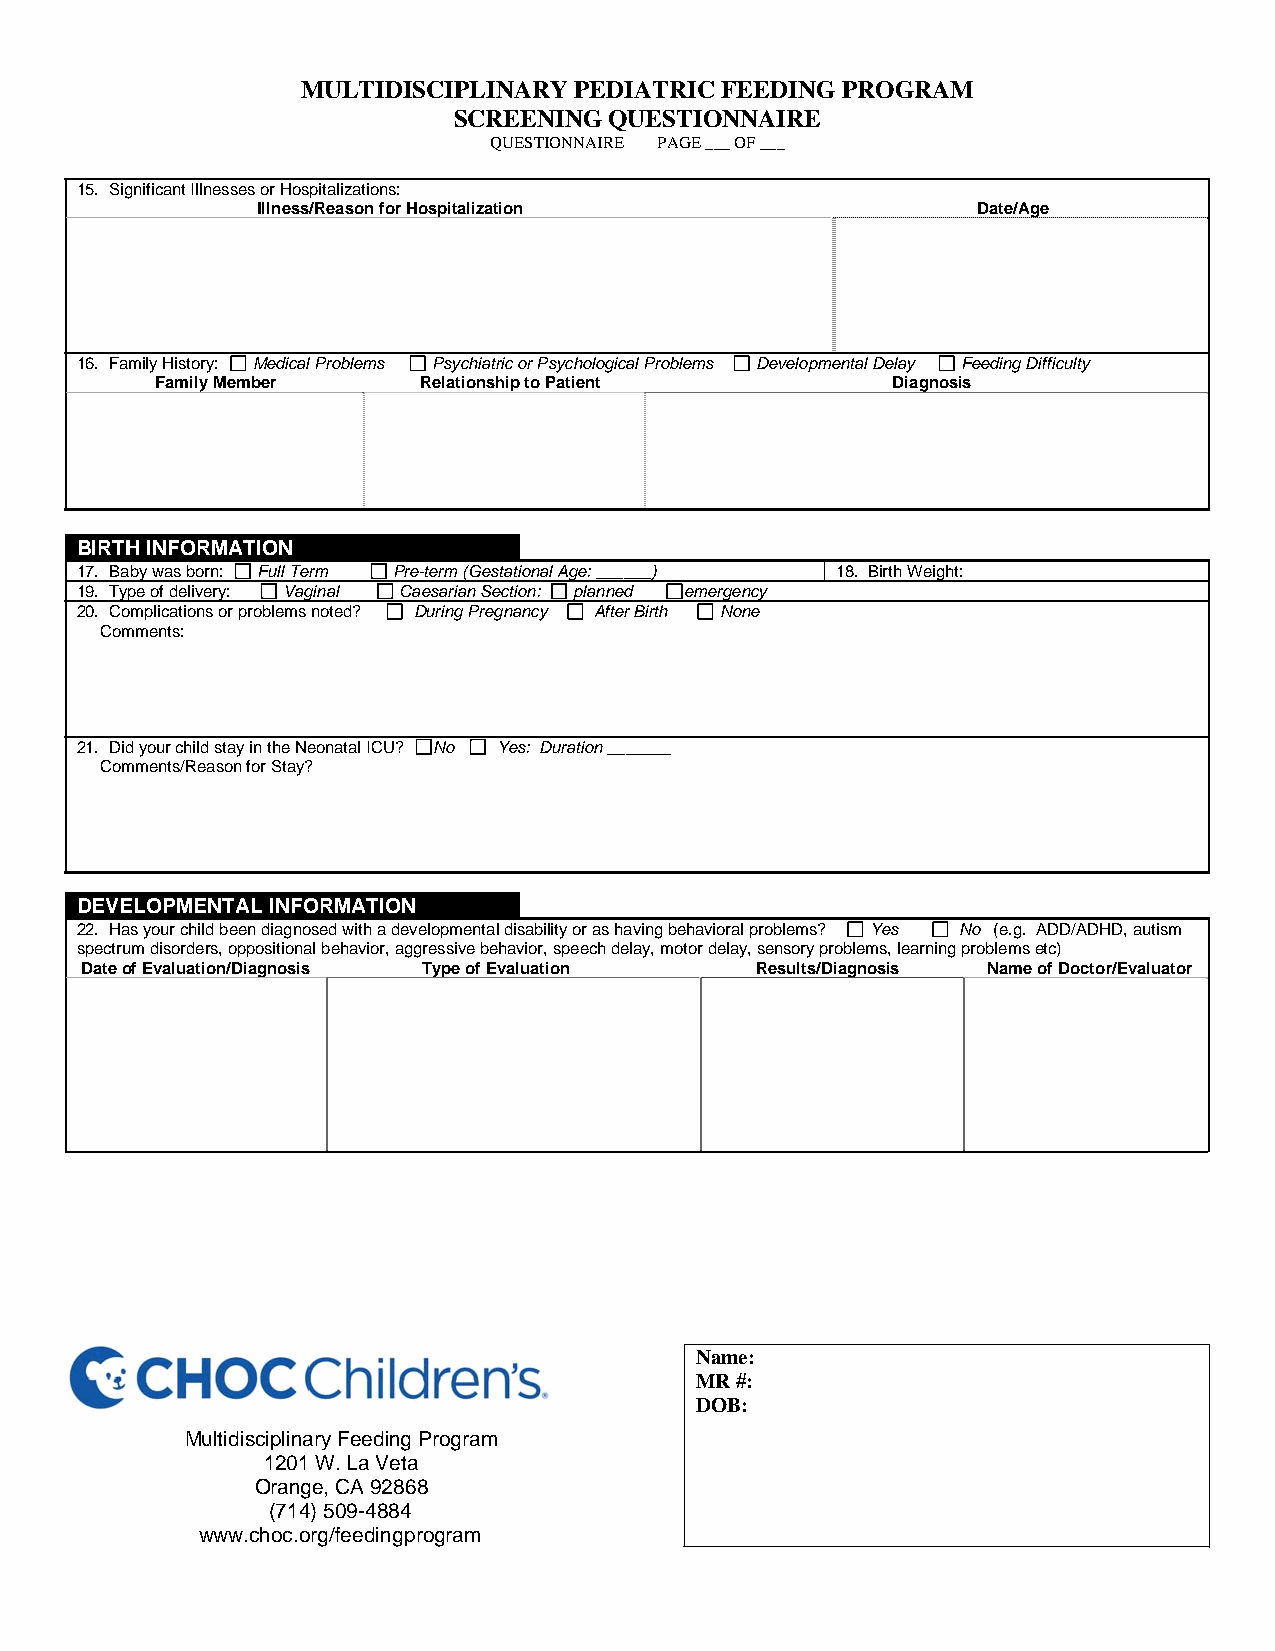
MULTIDISCIPLINARY PEDIATRIC FEEDING PROGRAM
 SCREENING QUESTIONNAIRE
 QUESTIONNAIRE PAGE ___ OF ___
 15. Significant Illnesses or Hospitalizations:
 Illness/Reason for Hospitalization              Date/Age
 16. Family History: Medical Problems Psychiatric or Psychological Problems Developmental Delay Feeding Difficulty
 Family Member     Relationship to Patient        Diagnosis
 BIRTH INFORMATION
 17. Baby was born: Full Term Pre-term (Gestational Age: ______) 18. Birth Weight:
 19. Type of delivery: Vaginal Caesarian Section: planned emergency
 20. Complications or problems noted? During Pregnancy After Birth None
 Comments:
 21. Did your child stay in the Neonatal ICU? No Yes: Duration _______
 Comments/Reason for Stay?
 DEVELOPMENTAL INFORMATION
 22. Has your child been diagnosed with a developmental disability or as having behavioral problems? Yes No (e.g. ADD/ADHD, autism
 spectrum disorders, oppositional behavior, aggressive behavior, speech delay, motor delay, sensory problems, learning problems etc)
 Date of Evaluation/Diagnosis Type of Evaluation Results/Diagnosis Name of Doctor/Evaluator
 Name:
 MR #:
 DOB:
 Multidisciplinary Feeding Program
 1201 W. La Veta
 Orange, CA 92868
 (714) 509-4884
 www.choc.org/feedingprogram